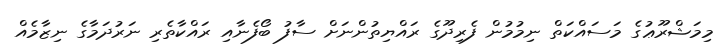
މިމަޝްރޫޢުގެ މަސައްކަތް ނިމުމުން ފެރިދޫގެ ރައްޔިތުންނަށް ސާފު ބޯފެނާއި ރައްކާތެރި ނަރުދަމާގެ ނިޒާމެއް